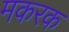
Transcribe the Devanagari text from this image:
मकरक